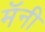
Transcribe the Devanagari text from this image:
मॅनी